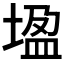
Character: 𡎠